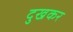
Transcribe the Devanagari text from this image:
दुखकर